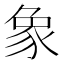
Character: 象